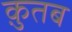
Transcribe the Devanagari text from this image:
क़ुतब